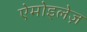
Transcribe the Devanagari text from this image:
ऐमोइलेज़